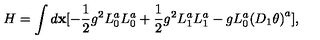
H = \int d { \bf x } [ - \frac { 1 } { 2 } g ^ { 2 } L _ { 0 } ^ { a } L _ { 0 } ^ { a } + \frac { 1 } { 2 } g ^ { 2 } L _ { 1 } ^ { a } L _ { 1 } ^ { a } - g L _ { 0 } ^ { a } { ( D _ { 1 } \theta ) } ^ { a } ] ,